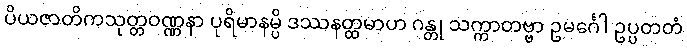
ပိယဇာတိကသုတ္တဝဏ္ဏနာ ပုရိမာနမ္ပိ ဒဿနတ္ထမာဟ ဂန္တု သက္ကာတဗ္ဗာ ဥမင်္ဂေါ ဥပ္ပတတံ